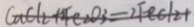
C a C l _ { 2 } + F e _ { 2 } O _ { 3 } = 2 F e C l _ { 2 } +